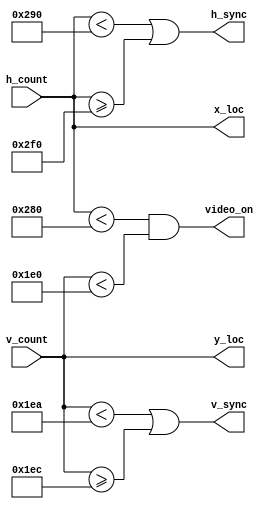
`timescale 1ns / 1ps
module vga_sync(
    input [9:0] h_count,
    input [9:0] v_count,
    output [9:0] x_loc,
    output [9:0]  y_loc,
    output h_sync,v_sync,video_on
);
    //horizontal
    localparam HD = 640;
    localparam HF = 16;
    localparam HB = 48;
    localparam HR = 96;
    
    //vertical
    localparam VD = 480;
    localparam VF = 10;
    localparam VB = 33;
    localparam VR = 2;
    
    assign v_sync = (v_count < (VD+VF)) | (v_count >= (VD+VF+VR)); 
    assign h_sync = (h_count < (HD+HF)) | (h_count >= (HD+HF+HR));
    assign video_on = (h_count < HD) & (v_count<VD);
    
    assign x_loc = h_count;
    assign y_loc = v_count;
     
endmodule